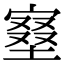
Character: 𡩿